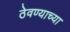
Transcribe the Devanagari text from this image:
ठेवण्‍याच्‍या